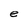
Character: e